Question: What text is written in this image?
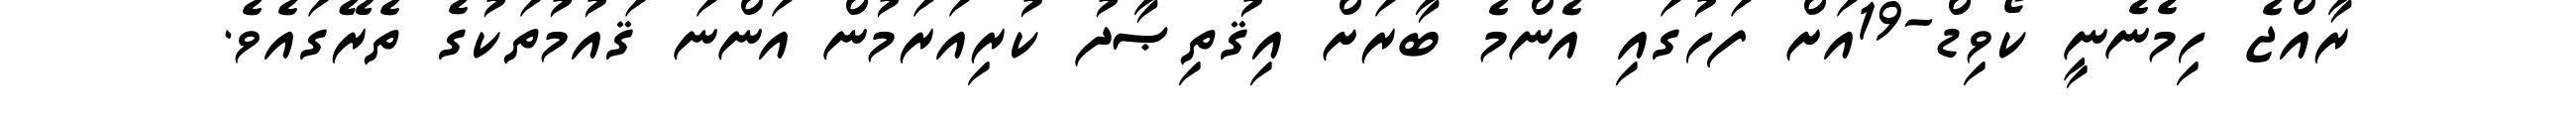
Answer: ރާއްޖެ ހިމެނެނީ ކޯވިޑް-19އަށް ފަހުގައި އެންމެ ބާރަށް އިޤުތިޞާދު ކުރިއަރަމުން އަންނަ ޤައުމުތަކުގެ ތެރޭގައެވެ.